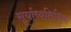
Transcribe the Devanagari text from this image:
सूर्याव्यतिरिक्त